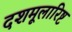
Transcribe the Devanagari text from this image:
दशमूलारिष्ट